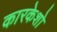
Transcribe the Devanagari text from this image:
कारकेशो